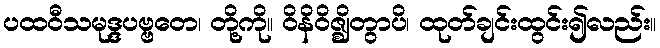
ပထဝီသမုဒ္ဒပဗ္ဗတေ၊ တို့ကို။ ဝိနိဝိဇ္ဈိတွာပိ၊ ထုတ်ချင်းထွင်း၍လည်း။